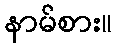
နာမ်စား။